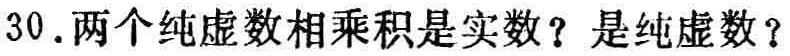
30. 两个纯虚数相乘积是实数？是纯虚数？